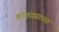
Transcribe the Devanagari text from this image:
काकड्याच्या